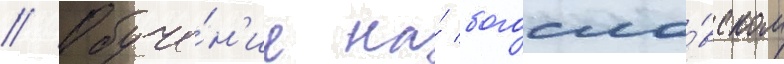
// Обуче́н'ие на́ богосло́вском